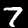
Label: 7